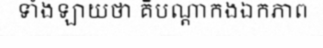
ទាំងឡាយថា គឺបណ្តាកងឯកភាព